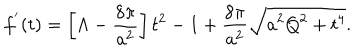
LaTeX: f ^ { ' } ( t ) = \left[ \Lambda - \frac { 8 \pi } { a ^ { 2 } } \right] t ^ { 2 } - 1 + \frac { 8 \pi } { a ^ { 2 } } \sqrt { a ^ { 2 } Q ^ { 2 } + t ^ { 4 } } .